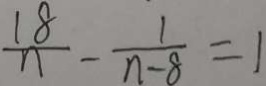
\frac { 1 8 } { n } - \frac { 1 } { n - 8 } = 1